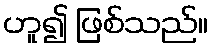
ဟူ၍ ဖြစ်သည်။